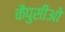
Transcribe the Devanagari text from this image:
कैपुसीओ